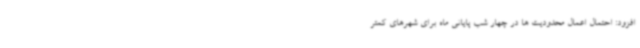
افزود: احتمال اعمال محدودیت ها در چهار شب پایانی ماه برای شهرهای کمتر